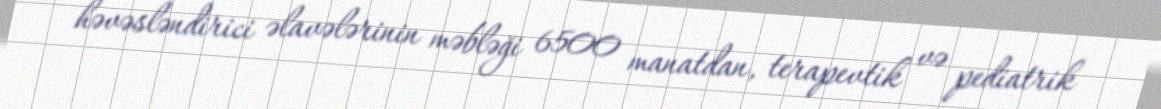
həvəsləndirici əlavələrinin məbləği 6500 manatdan, terapevtik və pediatrik